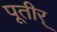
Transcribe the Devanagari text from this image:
पूतीर्